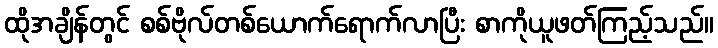
ထိုအချိန်တွင် စစ်ဗိုလ်တစ်ယောက်ရောက်လာပြီး စာကိုယူဖတ်ကြည့်သည်။